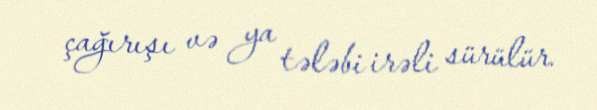
çağırışı və ya tələbi irəli sürülür.